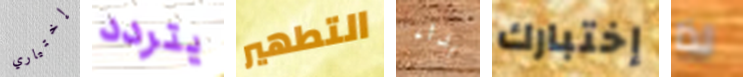
إختياري يتردد التطهير بداء إختبارك لذا